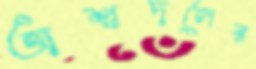
অশ্বদলের